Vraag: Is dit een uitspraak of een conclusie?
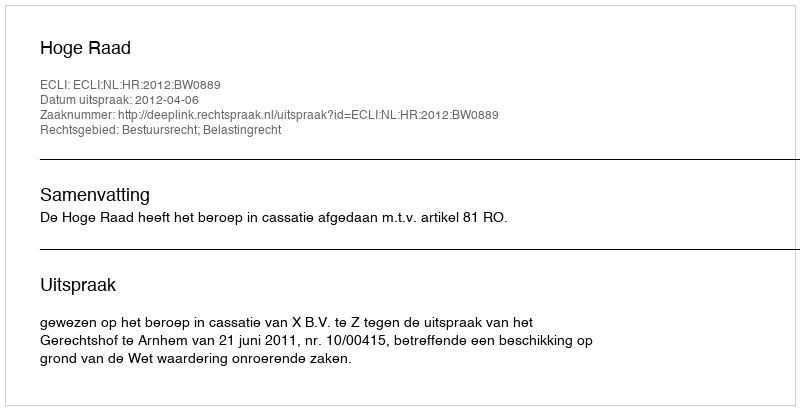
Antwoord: Uitspraak